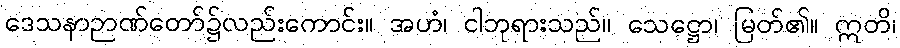
ဒေသနာဉာဏ်တော်၌လည်းကောင်း။ အဟံ၊ ငါဘုရားသည်။ သေဋ္ဌော၊ မြတ်၏။ ဣတိ၊